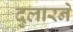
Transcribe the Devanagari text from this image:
दुलारने